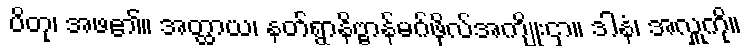
ပိတု၊ အဖ၏။ အတ္ထာယ၊ နတ်ရွာနိဗ္ဗာန်မဂ်ဖိုလ်အကျိုးငှာ။ ဒါနံ၊ အလှူကို။